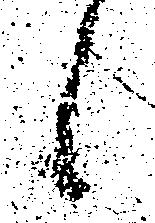
候